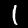
Digit: 1